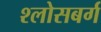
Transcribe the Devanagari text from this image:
श्लोसबर्ग